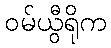
ဝမ်ယွီရိုက